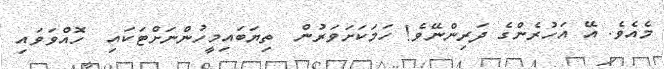
މެއެވެ. އޭ އަހުރެންގެ ދަރިންނޭވެ! ހަމަކަށަވަރުން  ތިޔަބައިމީހުންނަށްޓަކައި  ހޮއްވަވައި